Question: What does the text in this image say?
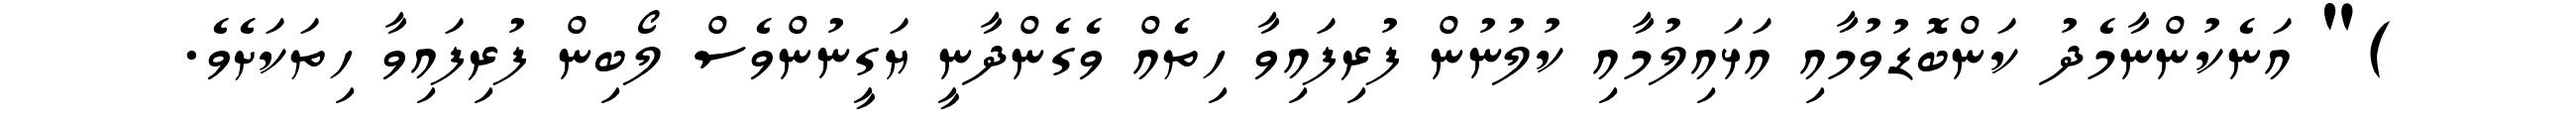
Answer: )" އަނެކުންނާމެދު ކަންބޮޑުވުމާއި އަޅައިލުމާއި ކުލުނުން ފުރިފައިވާ ހިތެއް ވެގެންދާނީ ޔަގީނުންވެސް ލޯބިން ފުރިފައިވާ ހިތަކަށެވެ.